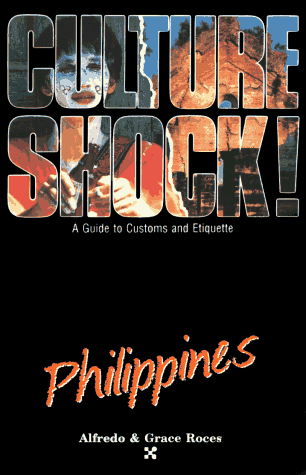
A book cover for Culture Shock! Philippines (Culture Shock! A Survival Guide to Customs & Etiquette); Alfredo Roces; History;